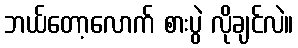
ဘယ်တော့လောက် စားပွဲ လိုချင်လဲ။